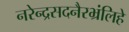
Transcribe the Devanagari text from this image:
नरेन्द्रसदनैरभ्रंलिहे